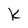
Character: k